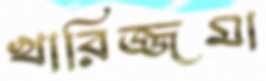
খারিজ্জমা